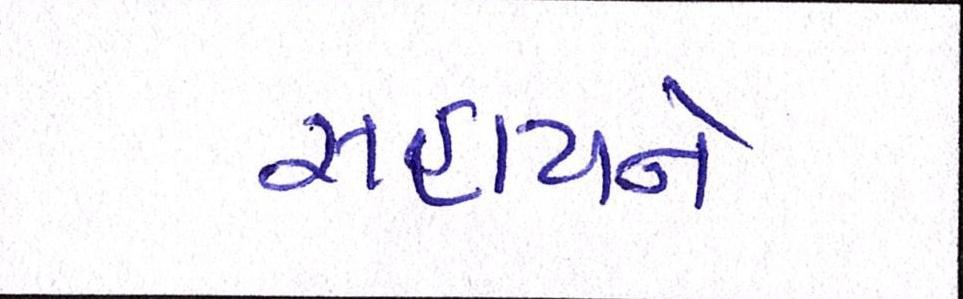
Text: સહાયને